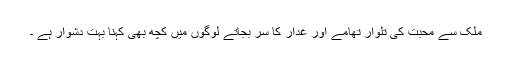
ملک سے محبت کی تلوار تھامے اور غدار کا سُر بجاتے لوگوں میں کچھ بھی کہنا بہت دشوار ہے ۔